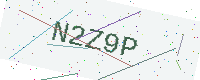
Text: N2Z9P